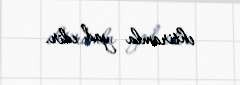
ehtiramla yad edir.